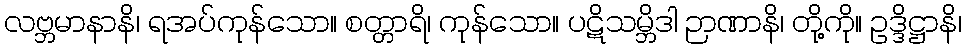
လဗ္ဘမာနာနိ၊ ရအပ်ကုန်သော။ စတ္တာရိ၊ ကုန်သော။ ပဋိသမ္ဘိဒါ ဉာဏာနိ၊ တို့ကို။ ဥဒ္ဒိဋ္ဌာနိ၊